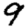
Digit: 9